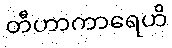
တီဟာကာရေဟိ